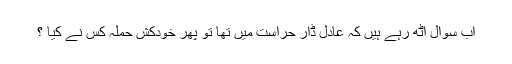
اب سوال اٹھ رہے ہیں کہ عادل ڈار حراست میں تھا تو پھر خودکش حملہ کس نے کیا ؟